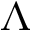
\Lambda